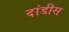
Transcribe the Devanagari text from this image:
दांडीस